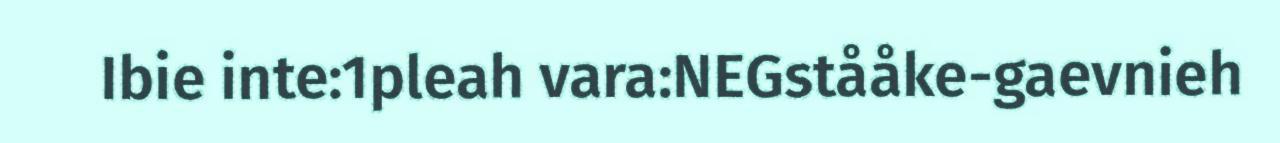
Ibie inte:1pleah vara:NEGstååke-gaevnieh